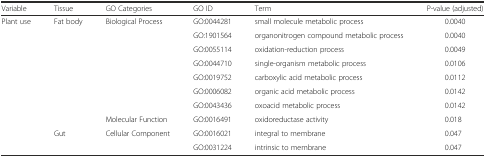
| Variable | Tissue | GO Categories | GO ID | Term | P-value (adjusted) |
 | --- | --- | --- | --- | --- | --- |
 | <ROWSPAN=10> Plant use | <ROWSPAN=8> Fat body | <ROWSPAN=7> Biological Process | GO:0044281 | small molecule metabolic process | 0.0040 |
 | GO:1901564 | organonitrogen compound metabolic process | 0.0040 |
 | GO:0055114 | oxidation-reduction process | 0.0049 |
 | GO:0044710 | single-organism metabolic process | 0.0106 |
 | GO:0019752 | carboxylic acid metabolic process | 0.0112 |
 | GO:0006082 | organic acid metabolic process | 0.0142 |
 | GO:0043436 | oxoacid metabolic process | 0.0142 |
 | Molecular Function | GO:0016491 | oxidoreductase activity | 0.018 |
 | <ROWSPAN=2> Gut | <ROWSPAN=2> Cellular Component | GO:0016021 | integral to membrane | 0.047 |
 | GO:0031224 | intrinsic to membrane | 0.047 |